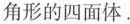
角形的四面体。